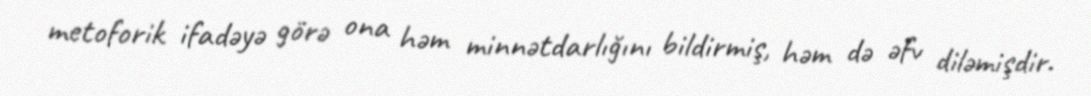
metoforik ifadəyə görə ona həm minnətdarlığını bildirmiş, həm də əfv diləmişdir.